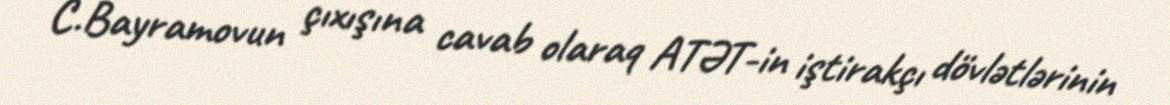
C.Bayramovun çıxışına cavab olaraq ATƏT-in iştirakçı dövlətlərinin